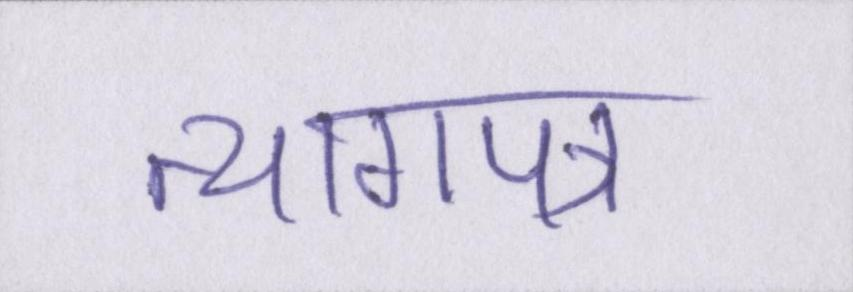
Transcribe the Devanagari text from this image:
त्यागपत्र